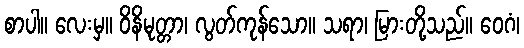
စာပါ။ လေးမှ။ ဝိနိမုတ္တာ၊ လွတ်ကုန်သော။ သရာ၊ မြားတို့သည်။ ဝေဂံ၊